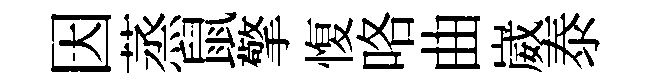
因蒸鼠擎愎咯曲崴泰